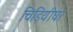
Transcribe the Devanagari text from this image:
चिड़ियीघर